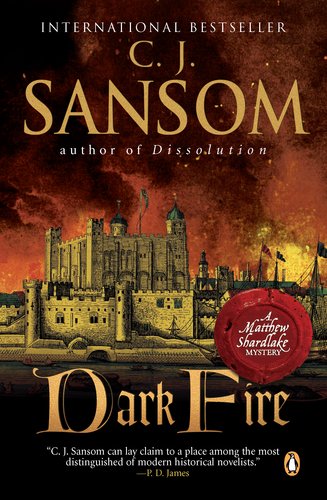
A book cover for Dark Fire: A Matthew Shardlake Tudor Mystery; C. J. Sansom; Mystery, Thriller & Suspense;